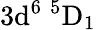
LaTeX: \mathrm{3d^{6}\ ^{5}D_{1}}